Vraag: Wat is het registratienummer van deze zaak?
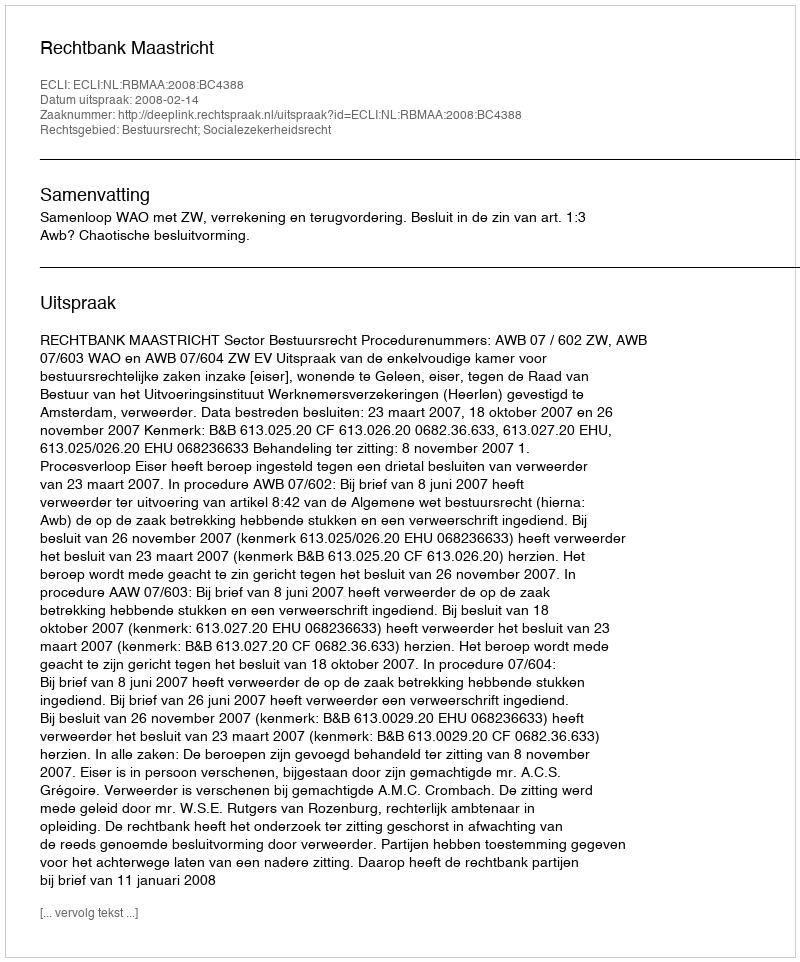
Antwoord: http://deeplink.rechtspraak.nl/uitspraak?id=ECLI:NL:RBMAA:2008:BC4388